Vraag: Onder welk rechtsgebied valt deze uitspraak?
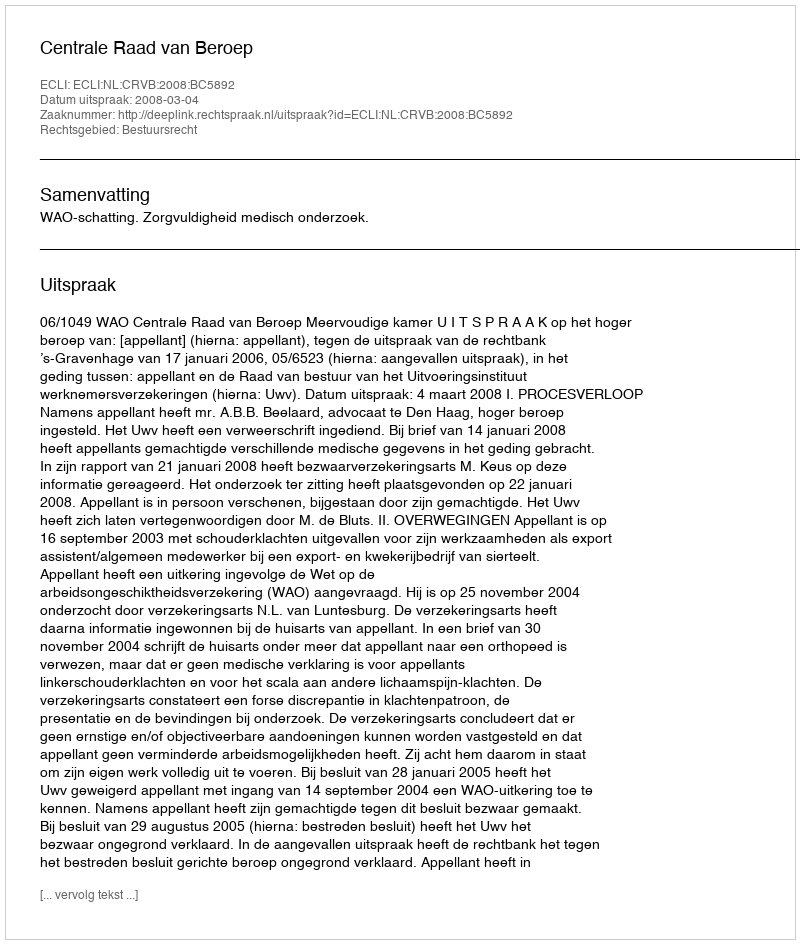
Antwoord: Bestuursrecht